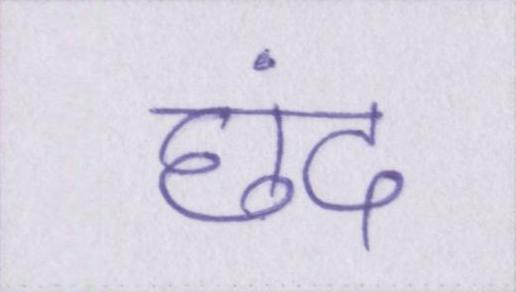
छंद